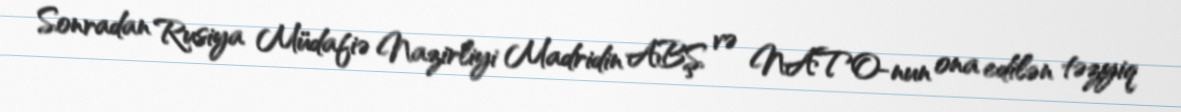
Sonradan Rusiya Müdafiə Nazirliyi Madridin ABŞ və NATO-nun ona edilən təzyiq